Bombay plague: being a history of the progress of plague in the Bombay presidency from September 1896 to June 1899
Year: 1896
Disease focus: Plague
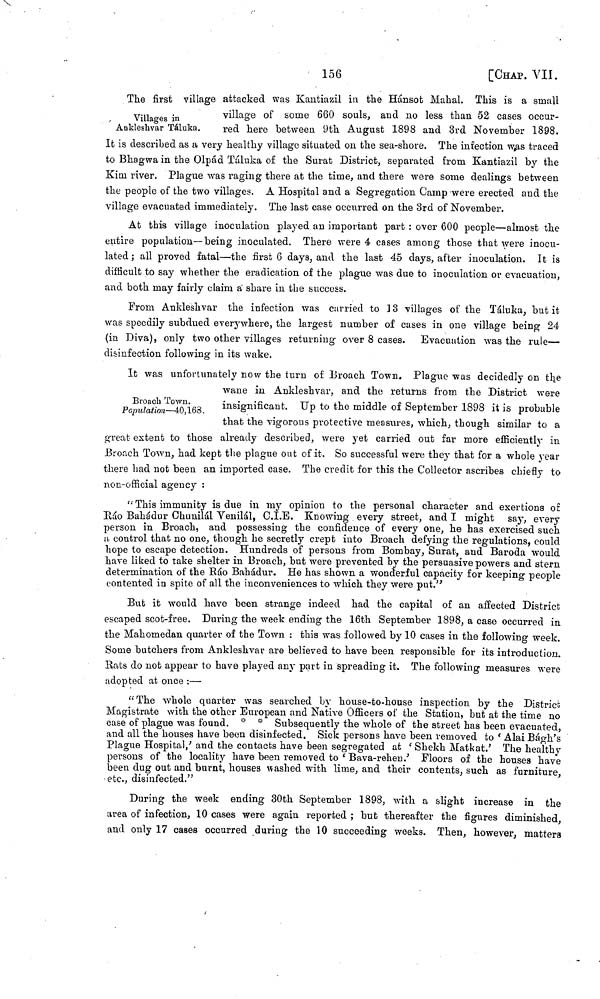
156
[CHAP. VII.
Villages in
Ankleshvar Táluka.
The first village attacked was Kantiazil in the Hánsot Mahal. This is a small
village of some 660 souls, and no less than 52 cases occur-
red here between 9th August 1898 and 3rd November 1898.
It is described as a very healthy village situated on the sea-shore. The infection was traced
to Bhagwa in the Olpád Táluka of the Surat District, separated from Kantiazil by the
Kim river. Plague was raging there at the time, and there were some dealings between
the people of the two villages. A Hospital and a Segregation Camp -were erected and the
village evacuated immediately. The last case occurred on the 3rd of November.
At this village inoculation played an important part : over 600 people—almost the
entire population—being inoculated. There were 4 cases among those that were inocu-
lated ; all proved fatal—the first 6 days, and the last 45 clays, after inoculation. It is
difficult to say whether the eradication of the plague was due to inoculation or evacuation,
and both may fairly claim a share in the success.
From Ankleshvar the infection was carried to 13 villages of the Táluka, but it
was speedily subdued everywhere, the largest number of cases in one village being 24
(in Diva), only two other villages returning over 8 cases. Evacuation was the rule—
disinfection following in its wake.
Broach Town.
Population—40,168.
It was unfortunately now the turn of Broach Town. Plague was decidedly on the
wane in Ankleshvar, and the returns from the District were
insignificant. Up to the middle of September 1898 it is probable
that the vigorous protective measures, which, though similar to a
great extent to those already described, were yet carried out far more efficiently in
Broach Town, had kept the plague out of it. So successful were they that for a whole year
there had not been an imported case. The credit for this the Collector ascribes chiefly to
non-official agency :
"This immunity is due in my opinion to the personal character and exertions of
Rao Bahadur Chunilál Venilál, C.I.E. Knowing every street, and I might say, every
person in Broach, and possessing the confidence of every one, he has exercised such
a control that no one, though he secretly crept into Broach defying the regulations, could
hope to escape detection. Hundreds of persons from Bombay, Surat, and Baroda would
have liked to take shelter in Broach, but were prevented by the persuasive powers and stern
determination of the Ráo Bahadur. He has shown a wonderful capacity for keeping people
contented in spite of all the inconveniences to which they were put."
But it would have been strange indeed had the capital of an affected District
escaped scot-free. During the week ending the 16th September 1898, a case occurred in
the Mahomedan quarter of the Town : this was followed by 10 cases in the following week.
Some butchers from Ankleshvar are believed to have been responsible for its introduction.
Rats do not appear to have played any part in spreading it. The following measures were
adopted at once :—
"The whole quarter was searched by house-to-house inspection by the District
Magistrate with the other European and Native Officer s of the Station, but at the time no
case of plague was found. * * Subsequently the whole of the street has been evacuated,
and all the houses have been disinfected. Sick persons have been removed to ' Alai Bágh's
Plague Hospital,' and the contacts have been segregated at 'Shekh Matkat.' The healthy
persons of the locality have been removed to ' Bava-rehen.' Floors of the houses have
been dug out and burnt, houses washed with lime, and their contents, such as furniture,
etc., disinfected."
During the week ending 30th September 1898, with a slight increase in the
area of infection, 10 cases were again reported ; bub thereafter the figures diminished,
and only 17 cases occurred during the 10 succeeding weeks. Then, however, matters